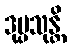
ဒုပ္ပသုန္တိ